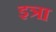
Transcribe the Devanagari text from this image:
इत्रा